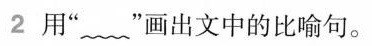
2 用””画出文中的比喻句。